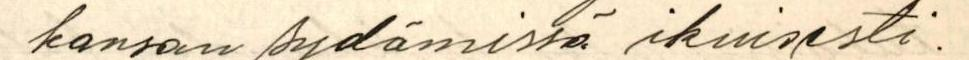
kansan sydämissä ikuisesti.